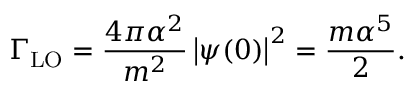
\Gamma _ { \mathrm { L O } } = \frac { 4 \pi \alpha ^ { 2 } } { m ^ { 2 } } \left| \psi ( 0 ) \right| ^ { 2 } = \frac { m \alpha ^ { 5 } } { 2 } .